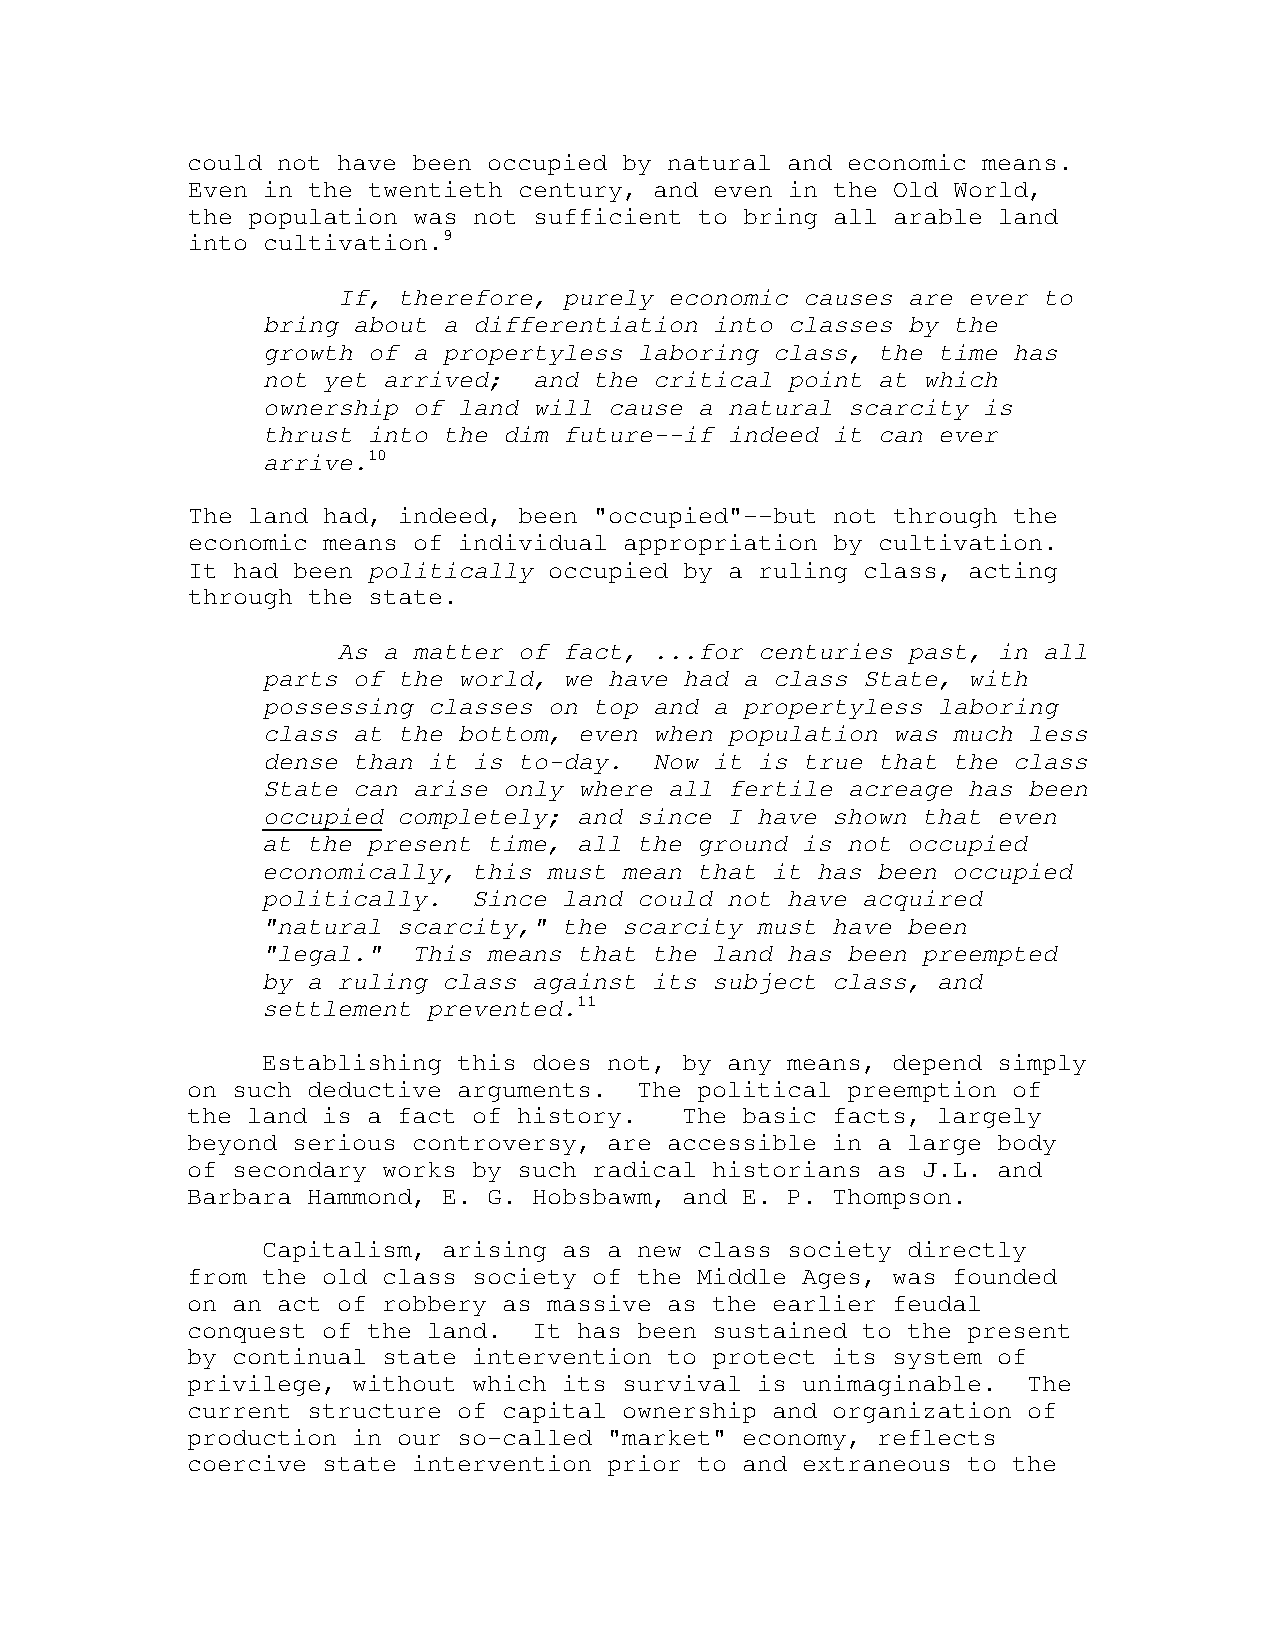
could not have been occupied by natural and economic means.
 Even in the twentieth century, and even in the Old World,
 the population was not sufficient to bring all arable land
 into cultivation.9
 If, therefore, purely economic causes are ever to
 bring about a differentiation into classes by the
 growth of a propertyless laboring class, the time has
 not yet arrived;  and the critical point at which
 ownership of land will cause a natural scarcity is
 thrust into the dim future--if indeed it can ever
 arrive.10
 The land had, indeed, been "occupied"--but not through the
 economic means of individual appropriation by cultivation.
 It had been politically occupied by a ruling class, acting
 through the state.
 As a matter of fact, ...for centuries past, in all
 parts of the world, we have had a class State, with
 possessing classes on top and a propertyless laboring
 class at the bottom, even when population was much less
 dense than it is to-day.  Now it is true that the class
 State can arise only where all fertile acreage has been
 occupied completely; and since I have shown that even
 at the present time, all the ground is not occupied
 economically, this must mean that it has been occupied
 politically.  Since land could not have acquired
 "natural scarcity," the scarcity must have been
 "legal."  This means that the land has been preempted
 by a ruling class against its subject class, and
 settlement prevented.11
 Establishing this does not, by any means, depend simply
 on such deductive arguments.  The political preemption of
 the land is a fact of history.   The basic facts, largely
 beyond serious controversy, are accessible in a large body
 of secondary works by such radical historians as J.L. and
 Barbara Hammond, E. G. Hobsbawm, and E. P. Thompson.
 Capitalism, arising as a new class society directly
 from the old class society of the Middle Ages, was founded
 on an act of robbery as massive as the earlier feudal
 conquest of the land.  It has been sustained to the present
 by continual state intervention to protect its system of
 privilege, without which its survival is unimaginable.  The
 current structure of capital ownership and organization of
 production in our so-called "market" economy, reflects
 coercive state intervention prior to and extraneous to the